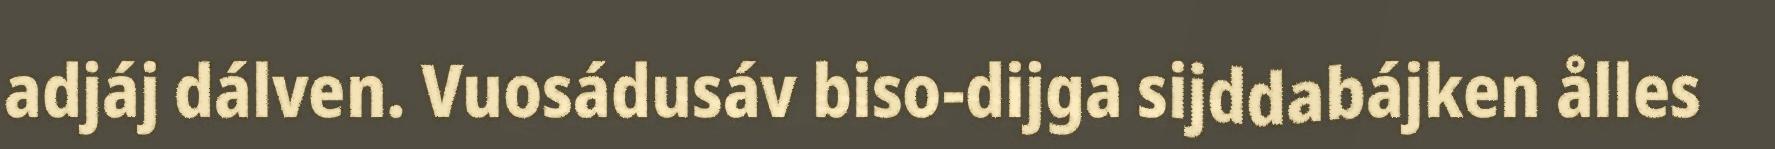
adjáj dálven. Vuosádusáv biso-dijga sijddabájken ålles